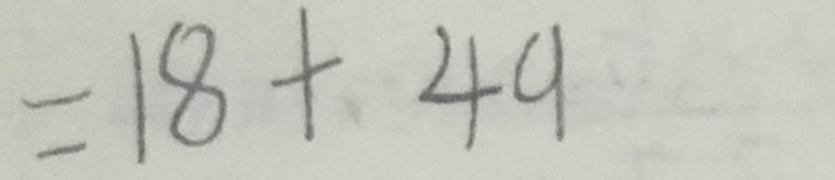
= 1 8 + 4 9